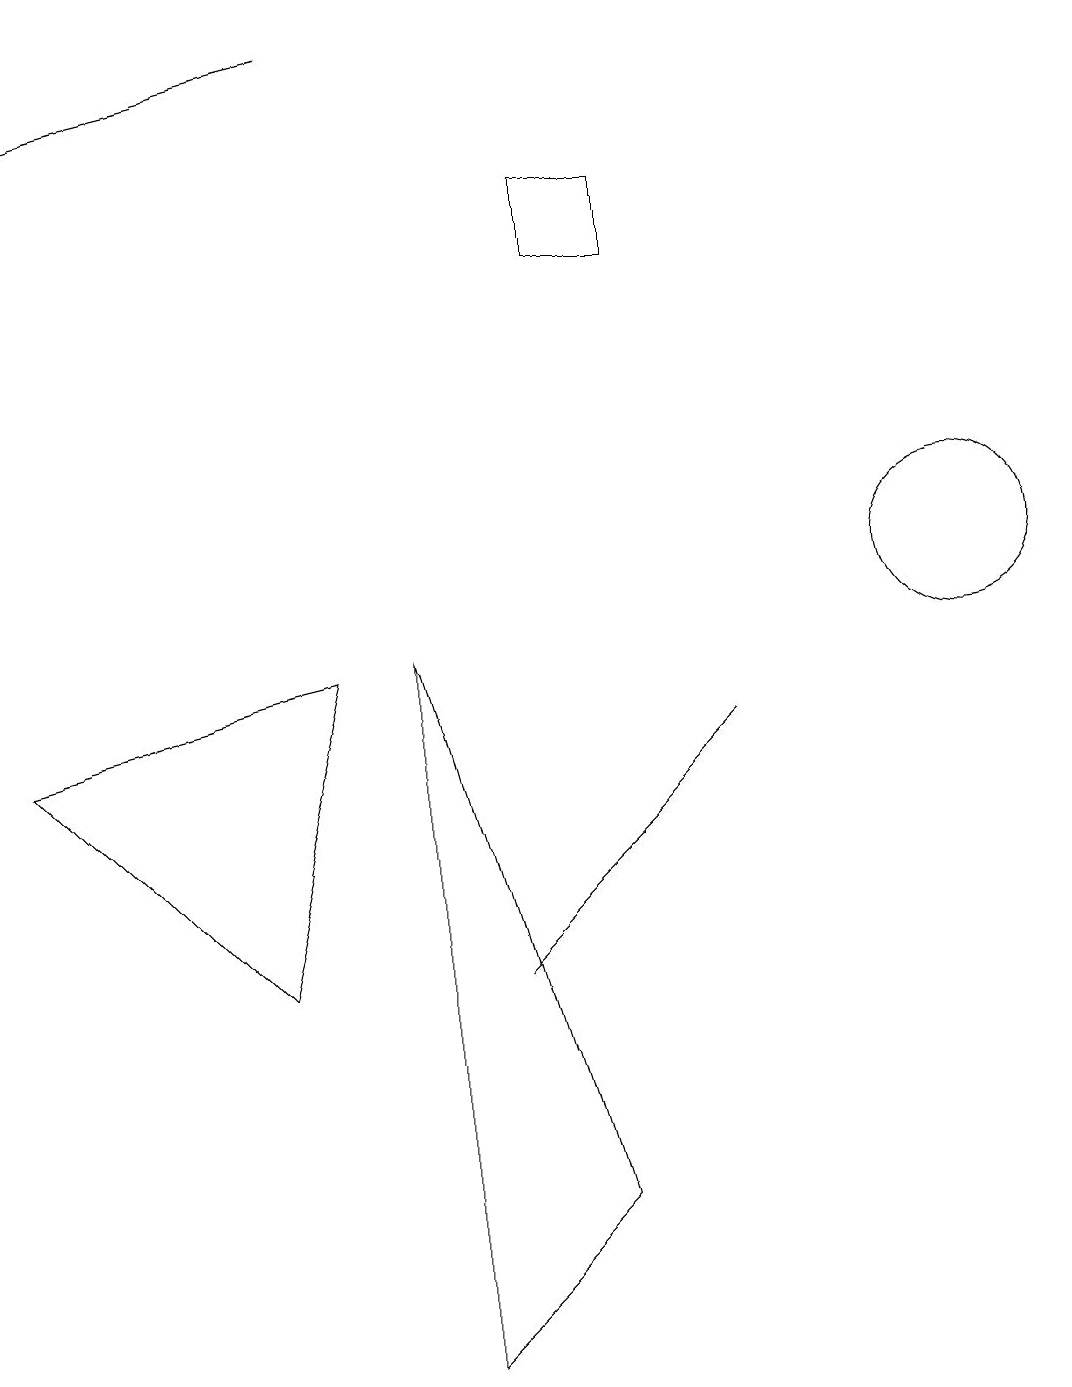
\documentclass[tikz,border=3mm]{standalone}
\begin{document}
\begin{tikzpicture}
\draw (12,10) circle (1);
\draw[->] (4,17) -- (0,16);
\draw (7,6) -- (6,5) -- (9,8) -- cycle;
\draw (4,9) -- (0,8) -- (3,5) -- cycle;
\draw (8,15) rectangle (7,14);
\draw (5,9) -- (7,2) -- (5,0) -- cycle;
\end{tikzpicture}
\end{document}